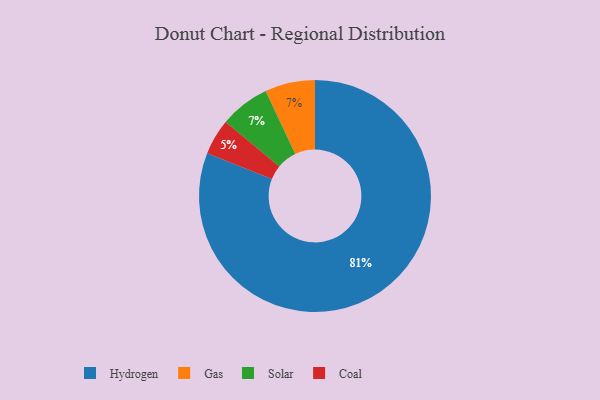
{"axis": {"x": "Category", "y": "Percentage"}, "legend": ["Coal", "Gas", "Hydrogen", "Solar"], "data": [{"x": "Coal", "y": 5, "type": "Coal"}, {"x": "Gas", "y": 7, "type": "Gas"}, {"x": "Hydrogen", "y": 81, "type": "Hydrogen"}, {"x": "Solar", "y": 7, "type": "Solar"}]}